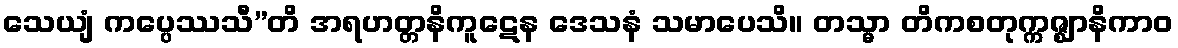
သေယျံ ကပ္ပေဿသီ”တိ အရဟတ္တနိကူဋေန ဒေသနံ သမာပေသိ။ တသ္မာ တိကစတုက္ကဇ္ဈာနိကာဝ